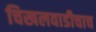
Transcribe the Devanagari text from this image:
चिखलवाडीचाच